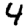
Digit: 4